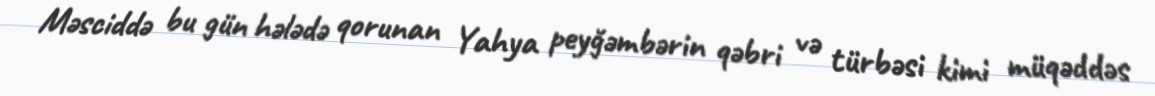
Məsciddə bu gün hələdə qorunan Yahya peyğəmbərin qəbri və türbəsi kimi müqəddəs